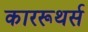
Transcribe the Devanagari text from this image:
काररूथर्स